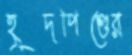
হূদপিণ্ডের